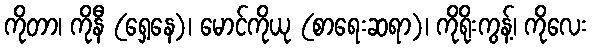
ကိုတာ၊ ကိုနီ (ရှေ့နေ)၊ မောင်ကိုယု (စာရေးဆရာ)၊ ကိုရိုးကွန့်၊ ကိုလေး